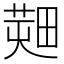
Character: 𤲱